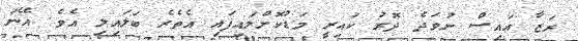
ރަޒާ އައިސް ނުވަދެ ދޮރު ކައިރީ މަޑުކޮށްލައިފައި އެތެރެ ބަލައިލި އެވެ. އޭނަ